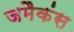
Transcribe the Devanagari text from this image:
जमैकंस